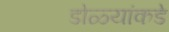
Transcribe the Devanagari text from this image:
डोळ्यांकडे